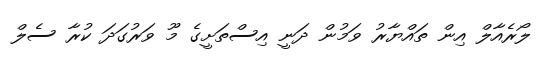
ލޯރެއާލް އިން ތައްޔާރު ވަމުން ދަނީ އިސްތަށީގެ މޫ ވަރުގަދަ ކުރާ ސެލް